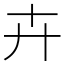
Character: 卉